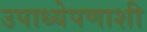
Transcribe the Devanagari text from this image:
उपाध्येपणाशी